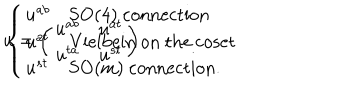
LaTeX: u = \left( \begin{array} { c c } { { u ^ { a b } } } & { { u ^ { a t } } } \\ { { u ^ { t a } } } & { { u ^ { s t } } } \\ \end{array} \right) \hspace { 1 c m } \left\{ \begin{array} { l l } { { u ^ { a b } } } & { { \mathrm { S O ( 4 ) ~ c o n n e c t i o n } } } \\ { { u ^ { a t } } } & { { \mathrm { V i e l b e i n ~ o n ~ t h e ~ c o s e t } } } \\ { { u ^ { s t } } } & { { \mathrm { S O ( m ) ~ c o n n e c t i o n . } } } \\ \end{array} \right.